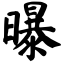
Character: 曝